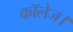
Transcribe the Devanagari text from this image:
कॉलेज।